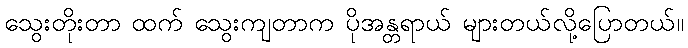
သွေးတိုးတာ ထက် သွေးကျတာက ပိုအန္တရာယ် များတယ်လို့ပြောတယ်။